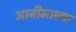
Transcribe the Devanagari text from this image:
आनीमाल्या